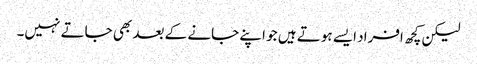
لیکن کچھ افراد ایسے ہوتے ہیں جو اپنے جانے کے بعد بھی جاتے نہیں۔